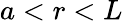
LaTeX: a<r<L